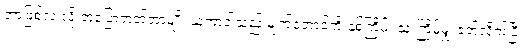
ဘာဖြစ်လဲ လို့ ဘုပြောတတ်တာမျိုး ယုကာဝါသည် မျက်တောင်ကို နှစ်ကြိမ်၊ သုံးကြိမ်မျှ ခတ်လိုက်ပြီး